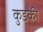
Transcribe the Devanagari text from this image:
कुड्की